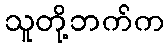
သူတို့ဘက်က